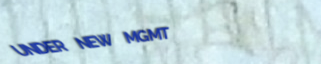
UNDER NEW MGMT